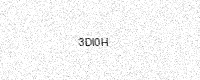
Text: 3DI0H